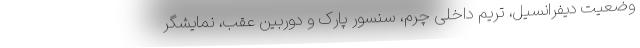
وضعیت دیفرانسیل، تریم داخلی چرم، سنسور پارک و دوربین عقب، نمایشگر